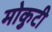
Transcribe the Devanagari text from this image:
मोकुटी